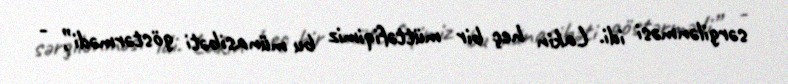
sərgilənməsi idi. Lakin heç bir müttəfiqimiz bu münasibəti göstərmədi”, -